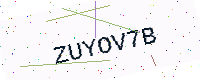
Text: ZUYOV7B